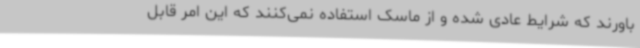
باورند که شرایط عادی شده و از ماسک استفاده نمی‌کنند که این امر قابل